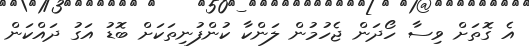
އެ ގޮތަށް ވިސާ ހޯދަން ޖެހުމުން ލަންކާ ކުންފުނިތަކަށް ބޮޑު އަގު ދައްކަން